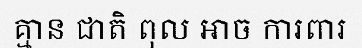
គ្មាន ជាតិ ពុល អាច ការពារ